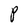
Character: P